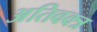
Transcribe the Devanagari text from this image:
अतिवक्त्र